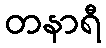
တနာရီ